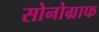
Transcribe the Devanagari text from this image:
सोनोग्राफ